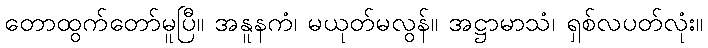
တောထွက်တော်မူပြီ။ အနူနကံ၊ မယုတ်မလွန်။ အဋ္ဌာမာသံ၊ ရှစ်လပတ်လုံး။